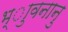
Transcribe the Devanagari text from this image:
भ्ाुवनानु